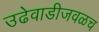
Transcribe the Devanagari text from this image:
उढेवाडीजवळच